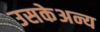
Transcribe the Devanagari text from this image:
उसकेअन्य